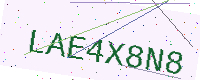
Text: LAE4X8N8